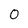
Character: 0